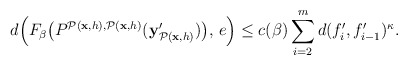
\begin{align*} d\Big(F_\beta\big(P^{\mathcal{P}(\textbf{x}, h),\mathcal{P}(\textbf{x}, h)}(\textbf{y}'_{\mathcal{P}(\textbf{x}, h)})\big),\,e\Big)\leq c(\beta)\sum_{i=2}^md(f_i',f'_{i-1})^\kappa.\end{align*}